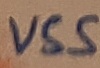
Text: VSS